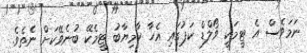
ނަމަވެސް އެ ޓީމަކީ ވޯލްޑް ކަޕުގައި އެހާ ކާމިޔާބު ޓީމެކޭ ބުނެވޭކަށް ނެތެވެ.